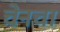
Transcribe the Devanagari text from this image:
चेनचा